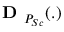
\textbf { D } _ { P _ { S c } } ( . )